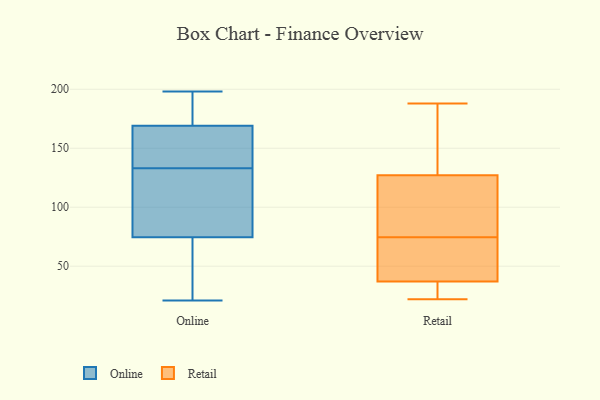
{"axis": {"x": "Conversion Rate (%)", "y": "Value"}, "legend": ["Online", "Retail"], "data": [{"x": "", "y": 174, "type": "Online"}, {"x": "", "y": 59, "type": "Online"}, {"x": "", "y": 162, "type": "Online"}, {"x": "", "y": 159, "type": "Online"}, {"x": "", "y": 179, "type": "Online"}, {"x": "", "y": 28, "type": "Online"}, {"x": "", "y": 58, "type": "Online"}, {"x": "", "y": 107, "type": "Online"}, {"x": "", "y": 139, "type": "Online"}, {"x": "", "y": 56, "type": "Online"}, {"x": "", "y": 96, "type": "Online"}, {"x": "", "y": 90, "type": "Online"}, {"x": "", "y": 177, "type": "Online"}, {"x": "", "y": 164, "type": "Online"}, {"x": "", "y": 21, "type": "Online"}, {"x": "", "y": 121, "type": "Online"}, {"x": "", "y": 127, "type": "Online"}, {"x": "", "y": 198, "type": "Online"}, {"x": "", "y": 187, "type": "Online"}, {"x": "", "y": 147, "type": "Online"}, {"x": "", "y": 171, "type": "Retail"}, {"x": "", "y": 37, "type": "Retail"}, {"x": "", "y": 22, "type": "Retail"}, {"x": "", "y": 127, "type": "Retail"}, {"x": "", "y": 57, "type": "Retail"}, {"x": "", "y": 188, "type": "Retail"}, {"x": "", "y": 59, "type": "Retail"}, {"x": "", "y": 22, "type": "Retail"}, {"x": "", "y": 90, "type": "Retail"}, {"x": "", "y": 106, "type": "Retail"}]}